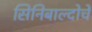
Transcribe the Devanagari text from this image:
सिनिबाल्दोचे